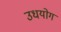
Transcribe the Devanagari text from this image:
उधयोग